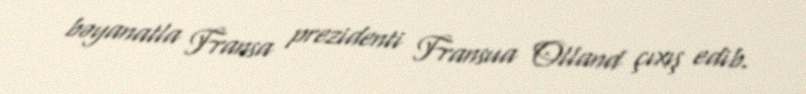
bəyanatla Fransa prezidenti Fransua Olland çıxış edib.